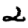
Digit: 2